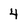
Character: 4